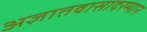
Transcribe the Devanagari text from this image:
अज्ञातवासादरम्यान